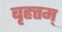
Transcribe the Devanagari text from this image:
बृहत्तम्